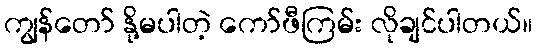
ကျွန်တော် နို့မပါတဲ့ ကော်ဖီကြမ်း လိုချင်ပါတယ်။